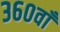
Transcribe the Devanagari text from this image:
३६०वाँ